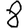
Digit: 8